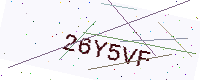
Text: 26Y5VF